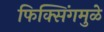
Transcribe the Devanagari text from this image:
फिक्सिंगमुळे